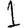
Digit: 1